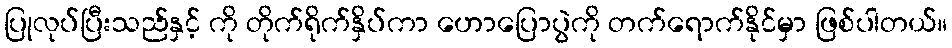
ပြုလုပ်ပြီးသည်နှင့် ကို တိုက်ရိုက်နှိပ်ကာ ဟောပြောပွဲကို တက်ရောက်နိုင်မှာ ဖြစ်ပါတယ်။